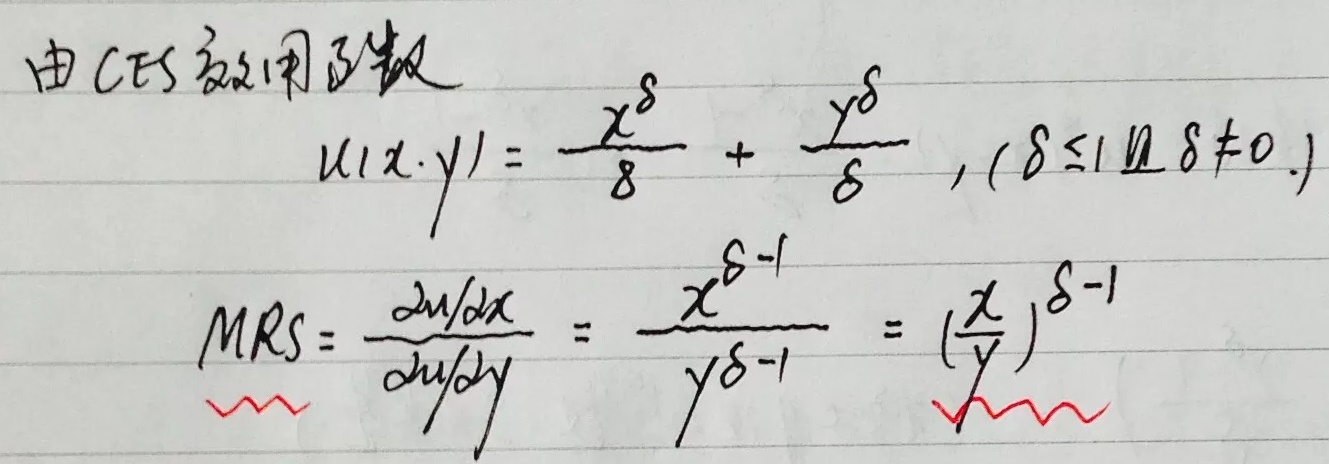
由CES效用函数
\[
u(x,y)=\frac{x^{\delta}}{\delta}+\frac{y^{\delta}}{\delta}, (\delta \leq 1 且 \delta\neq 0.)
\]
\[
MRS=\frac{\partial u/\partial x}{\partial u/\partial y}=\frac{x^{\delta - 1}}{y^{\delta - 1}}=(\frac{x}{y})^{\delta - 1}
\]